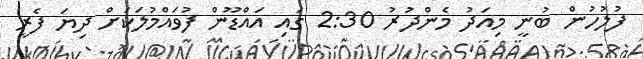
ފުލުހުން ބުނީ މިއަދު މެންދުރު 2:30 ގައި އައްޑޫން ފުވައްމުލަކަށް ދިޔަ ފެރީ